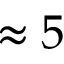
\approx 5